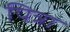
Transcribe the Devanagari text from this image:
पित्रा